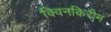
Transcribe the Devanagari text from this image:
क्विनकिरीम